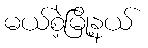
မယ်စဲ့မြို့နယ်